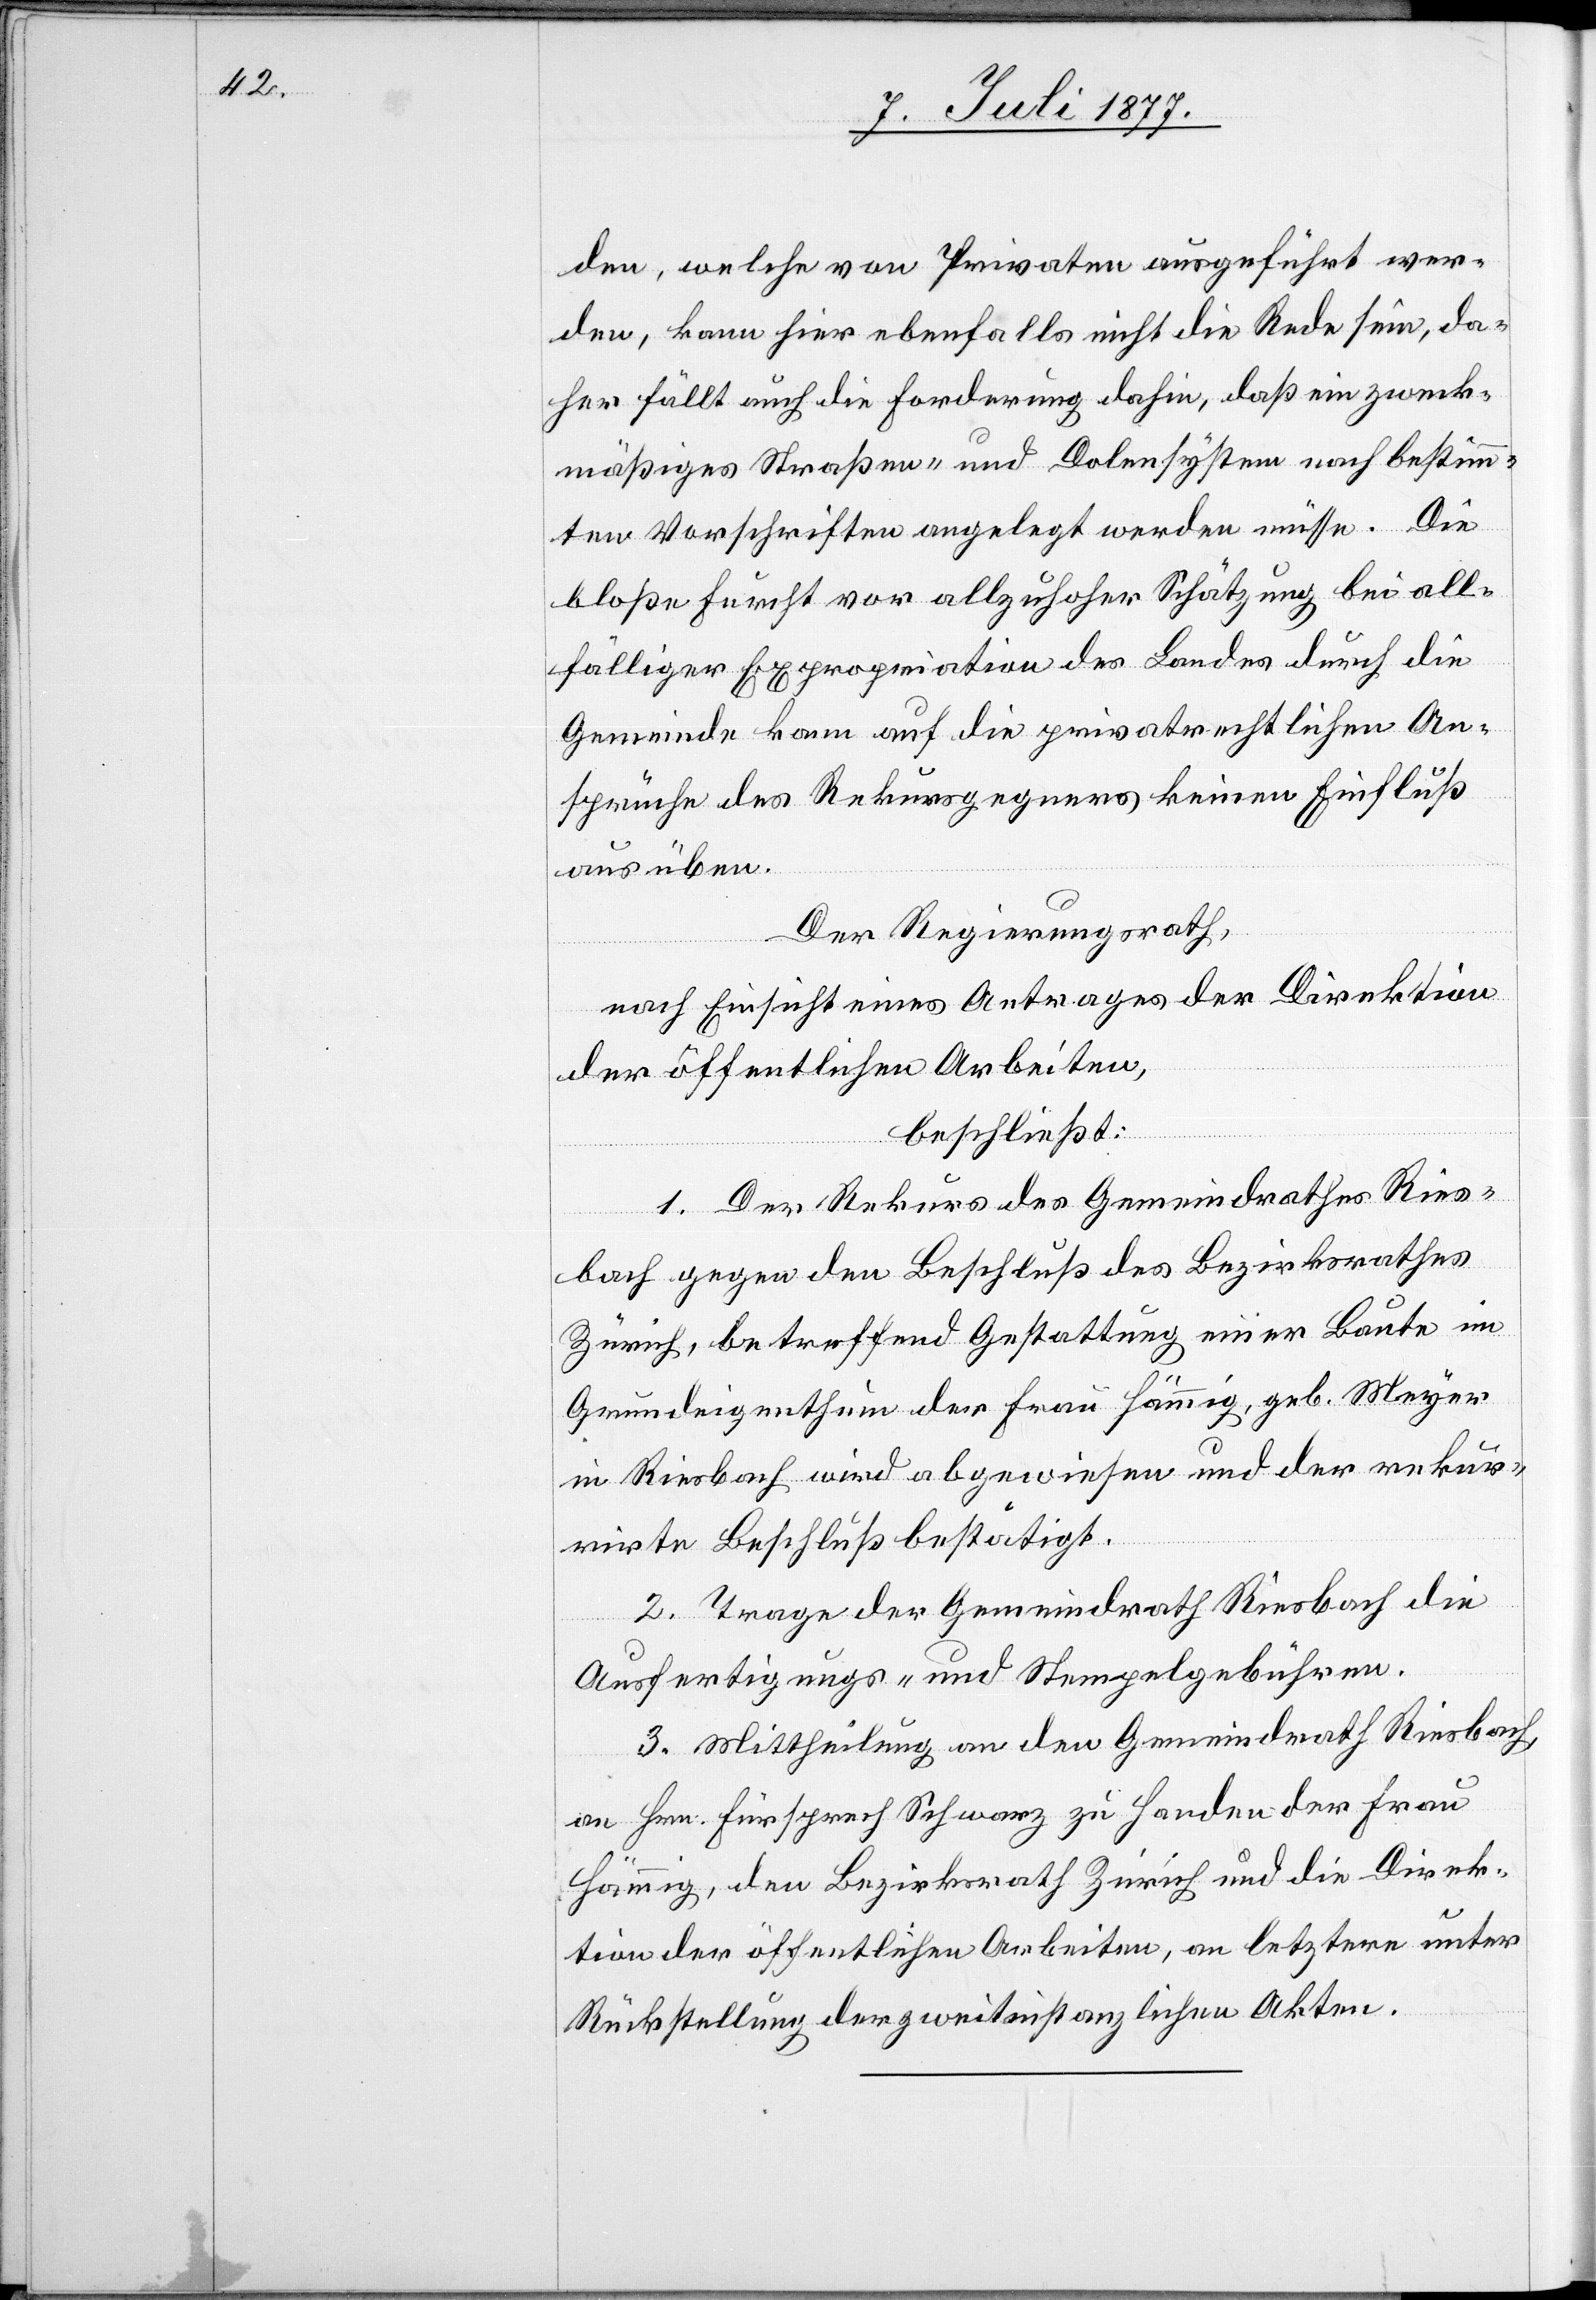
den, welche von Privaten ausgeführt wer¬
den, kann hier ebenfalls nicht die Rede sein, da¬
her fällt auch die Forderung dahin, daß ein zweck¬
mäßiges Straßen- und Dolensystem nach bestimm¬
ten Vorschriften angelegt werden müsse. Die
bloße Furcht vor allzuhoher Schätzung bei all¬
fälliger Expropriation des Landes durch die
Gemeinde kann auf die privatrechtlichen An¬
sprüche des Rekursgegners keinen Einfluß
ausüben.
Der Regierungsrath,
nach Einsicht eines Antrages der Direktion
der öffentlichen Arbeiten,
beschließt:
1. Der Rekurs des Gemeindrathes Ries¬
bach gegen den Beschluß des Bezirksrathes
Zürich, betreffend Gestattung einer Baute im
Grundeigenthum der Frau Hämmig, geb. Meyer
in Riesbach wird abgewiesen und der rekur¬
rirte Beschluß bestätigt.
2. Trage der Gemeindrath Riesbach die
Ausfertigungs- und Stempelgebühren.
3. Mittheilung an den Gemeindrath Riesbach,
an Hrn. Fürsprech Schwarz zu Handen der Frau
Hämmig, den Bezirksrath Zürich und die Direk¬
tion der öffentlichen Arbeiten, an letztere unter
Rückstellung der zweitinstanzlichen Akten.